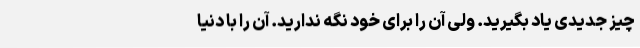
چیز جدیدی یاد بگیرید. ولی آن را برای خود نگه ندارید. آن را با دنیا